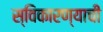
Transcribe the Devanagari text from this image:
स्विकारण्याची